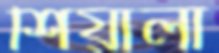
শিয়ালা